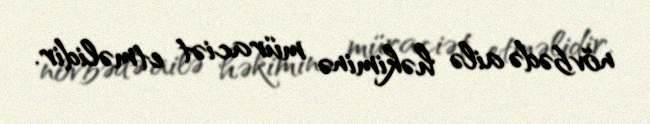
növbədə ailə həkiminə müraciət etməlidir.